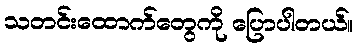
သတင်းထောက်တွေကို ပြောပါတယ်။